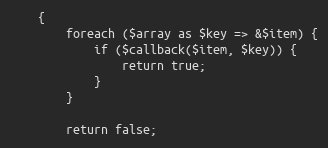
Language: PHP
    {
        foreach ($array as $key => &$item) {
            if ($callback($item, $key)) {
                return true;
            }
        }

        return false;